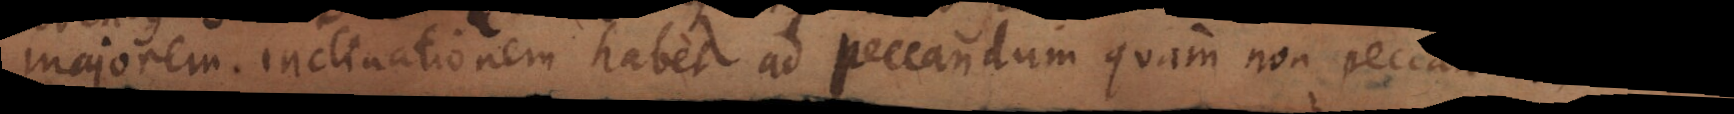
majorem inclinationem habet ad peccandum quam non pecca